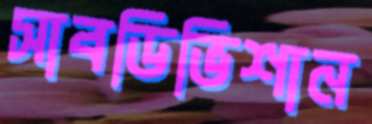
সাবডিভিশান